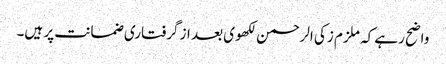
واضح رہے کہ ملزم زکی الرحمن لکھوی بعد از گرفتاری ضمانت پر ہیں۔